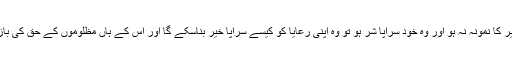
اگر امام و سربراہ ہی خیر کا نمونہ نہ ہو اور وہ خود سراپا شر ہو تو وہ اپنی رعایا کو کیسے سراپا خیر بناسکے گا اور اس کے ہاں مظلوموں کے حق کی بازیابی کا سامان کیا ہوگا۔